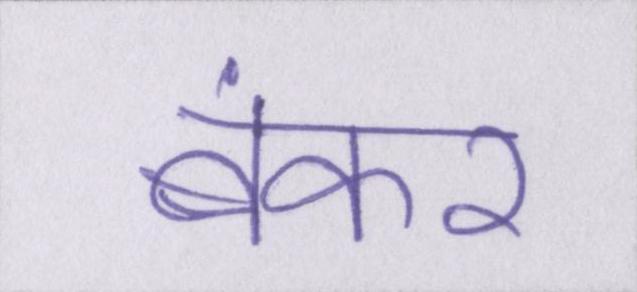
बंकर